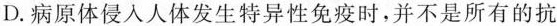
D.病原体侵入人体发生特异性免疫时，并不是所有的抗